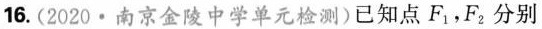
16.(2020 \cdot 南京金陵中学单元检测)已知点F_{1}，F_{2}分别